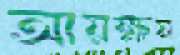
আয়ক্ষম